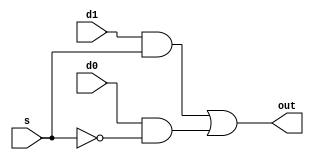
module MUX_21 (
input d0,d1,
input s,
output out
);
wire [1:0] k;
wire s1;
not s_not(s1,s);
and p1(k[0],d1,s);
and p2(k[1],d0,s1);
or p3(out,k[0],k[1]);
endmodule